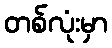
တစ်လုံးမှာ